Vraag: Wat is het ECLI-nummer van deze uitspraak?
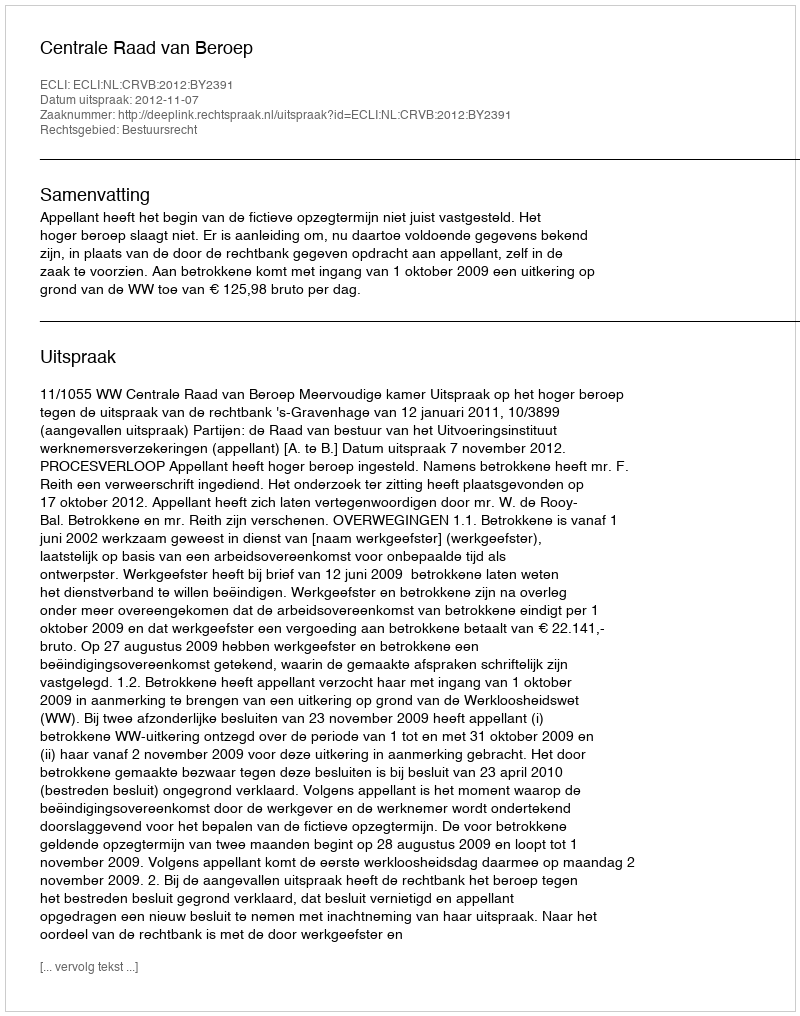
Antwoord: ECLI:NL:CRVB:2012:BY2391